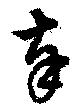
奉